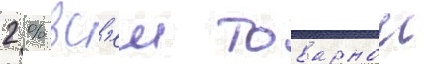
2 % вс'еи товарнои